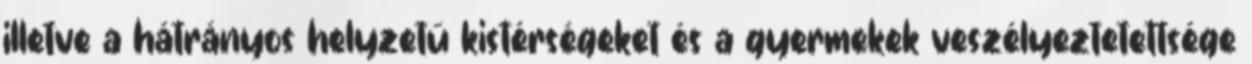
illetve a hátrányos helyzetű kistérségeket és a gyermekek veszélyeztetettsége